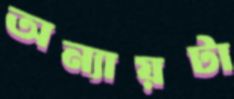
অন্যায়টা